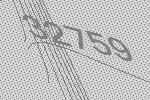
32759